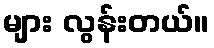
များ လွန်းတယ်။